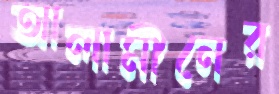
আলামীনের